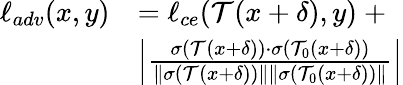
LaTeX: \begin{array}{rl}{\ell_{adv}(x,y)}&{=\ell_{ce}(\mathcal{T}(x+\delta),y)\mathrm{~}+}\\ &{\left\vert\frac{\sigma(\mathcal{T}(x+\delta))\cdot\sigma(\mathcal{T}_{0}(x+\delta))}{\Vert\sigma(\mathcal{T}(x+\delta))\Vert\Vert\sigma(\mathcal{T}_{0}(x+\delta))\Vert}\right\vert}\end{array}